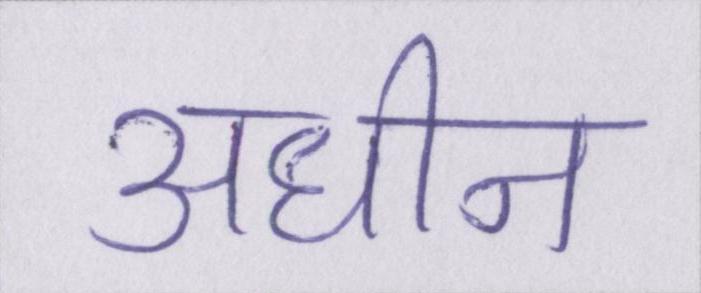
अधीन